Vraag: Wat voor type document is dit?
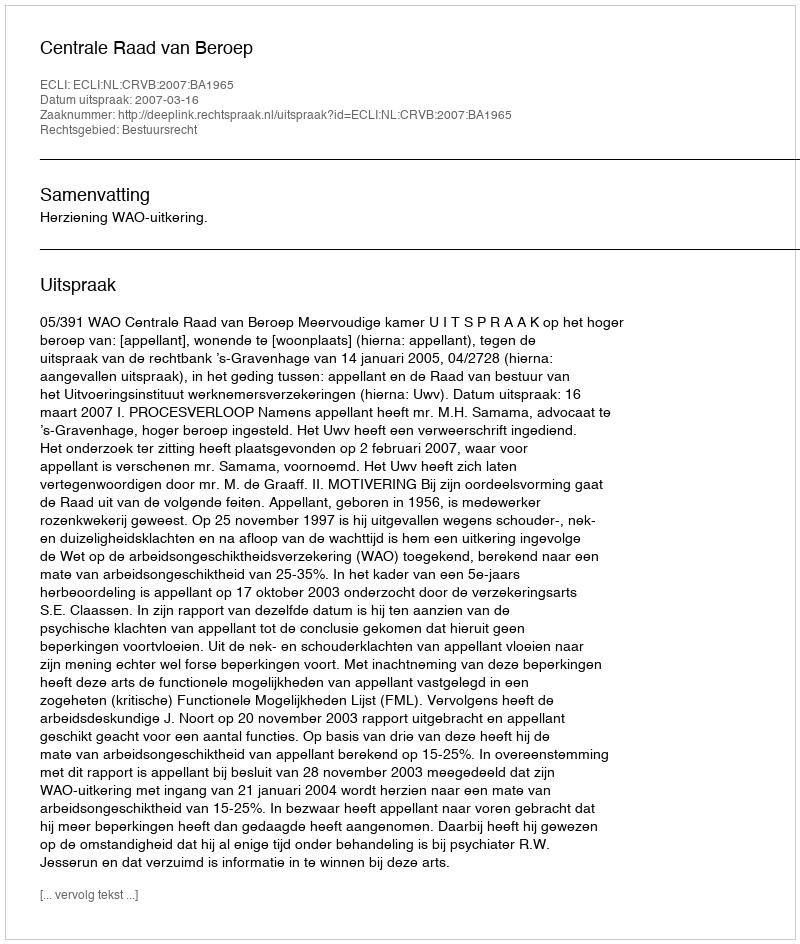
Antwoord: Uitspraak